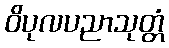
ဝိပုလပညာသုတ္တံ